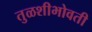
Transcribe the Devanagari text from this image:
तुळशीभोवती